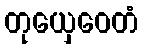
တုယှေဝေတံ